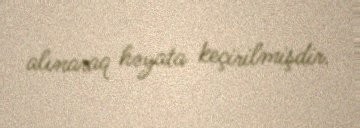
alınaraq həyata keçirilmişdir.